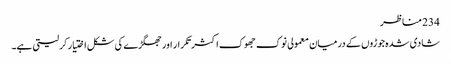
234 مناظر
شادی شدہ جوڑوں کے درمیان معمولی نوک جھوک اکثر تکرار اور جھگڑے کی شکل اختیار کرلیتی ہے۔